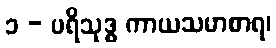
၁ - ပရိသုဒ္ဓ ကာယသမာစာရ၊